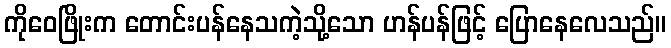
ကိုဝေဖြိုးက တောင်းပန်နေသကဲ့သို့သော ဟန်ပန်ဖြင့် ပြောနေလေသည်။